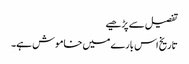
تفصیل سے پڑھیے
تاریخ اس بارے میں خاموش ہے۔